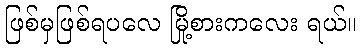
ဖြစ်မှဖြစ်ရပလေ မြို့စားကလေး ရယ်။